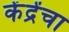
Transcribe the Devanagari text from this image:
केंद्रेंचा